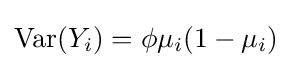
\operatorname {Var} (Y_{i})=\phi \mu _{i}(1-\mu _{i})